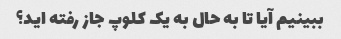
ببینیم آیا تا به حال به یک کلوپ جاز رفته اید؟